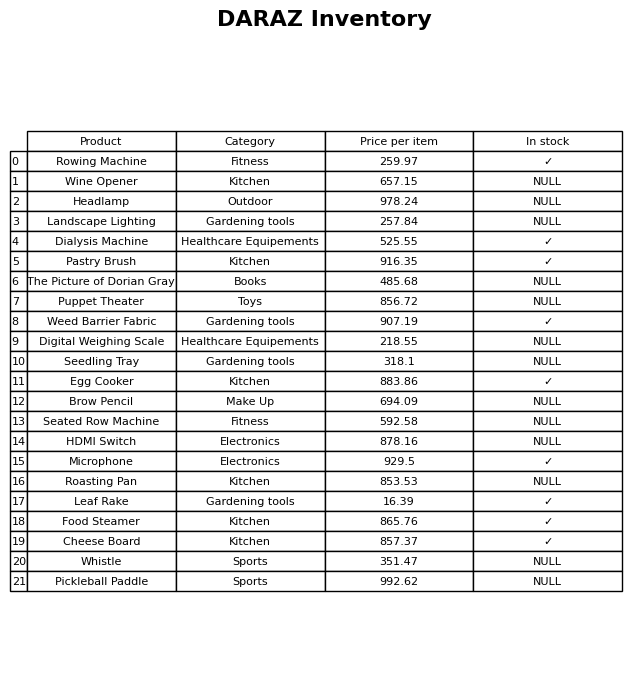
question: What is the price of the Headlamp?
answer: The price of Headlamp is 978.24.